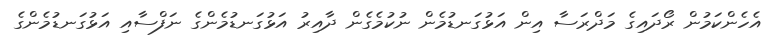
އެހެންކަމުން ރޯދައިގެ މަދްރަސާ އިން އަޅުގަނޑުމެން ނުކުމެގެން ދާއިރު އަޅުގަނޑުމެންގެ ނަފްސާއި އަޅުގަނޑުމެންގެ